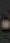
-